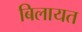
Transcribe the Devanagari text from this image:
बिलायत